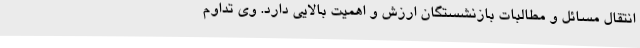
انتقال مسائل و مطالبات بازنشستگان ارزش و اهمیت بالایی دارد. وی تداوم